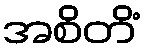
အစိတိံ